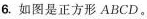
6.如图是正方形ABCD。